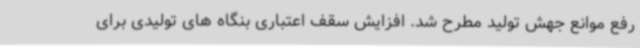
رفع موانع جهش تولید مطرح شد. افزایش سقف اعتباری بنگاه های تولیدی برای